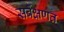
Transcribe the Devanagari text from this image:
सर्वेक्षणत